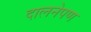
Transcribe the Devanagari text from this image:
दालनेपण